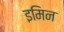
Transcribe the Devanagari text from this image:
इमिन